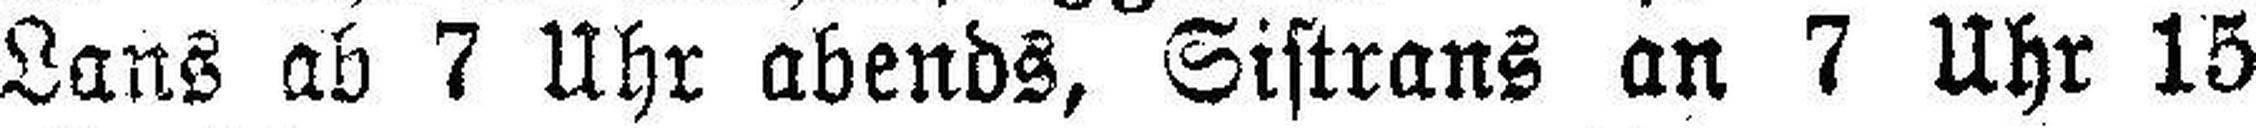
Lans ab 7 Uhr abends, Sistrans an 7 Uhr 15